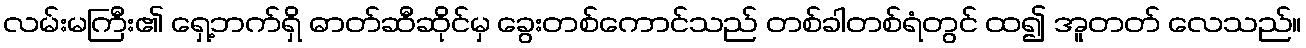
လမ်းမကြီး၏ ရှေ့ဘက်ရှိ ဓာတ်ဆီဆိုင်မှ ခွေးတစ်ကောင်သည် တစ်ခါတစ်ရံတွင် ထ၍ အူတတ် လေသည်။